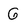
Character: G